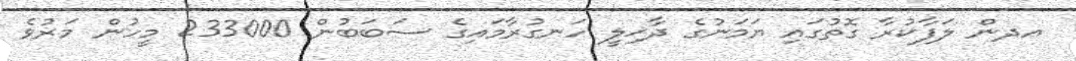
އދން ލަފާކުރާ ގޮތުގައި ޔަމަނުގެ ދާޚިލީ ހަނގުރާމައިގެ ސަބަބުން 233000 މީހުން މަރުވެ